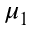
\mu _ { 1 }